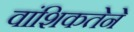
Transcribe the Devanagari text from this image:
वांशिकतेने